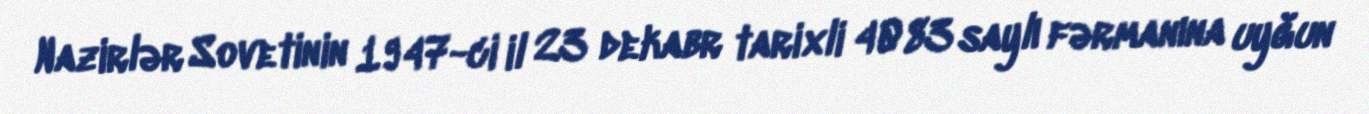
Nazirlər Sovetinin 1947-ci il 23 dekabr tarixli 4083 saylı fərmanına uyğun